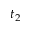
t _ { 2 }